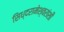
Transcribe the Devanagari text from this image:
सिध्दरामेश्वरांशी